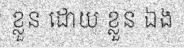
ខ្លួន ដោយ ខ្លួន ឯង